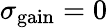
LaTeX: \sigma_{\mathrm{gain}}=0